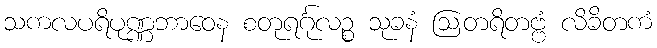
သကလပရိပုဏ္ဏဘာဝေန စတုရင်္ဂုလဉ္စ သုခနံ ဩတရိတဗ္ဗံ လိခိတကံ